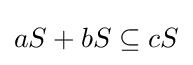
aS+bS\subseteq cS